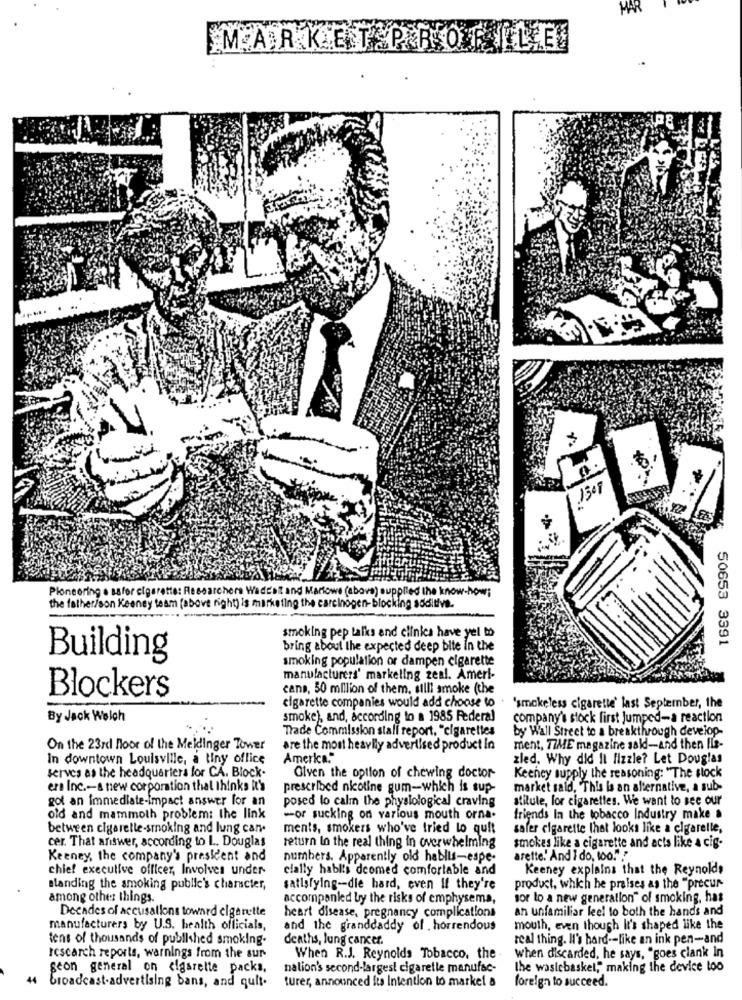
MAR
MARKETPRO
1308
Pioneering . safer cigarette: Researchers Wadtel and Marlowe (above) supplied the know-how;
the father/son Keeney team (above right) is marketing the carcinogen-blocking soditive.
smoking pep talks and clinics have yel to
50653 3391
bring about the expected deep bite in the
Building
smoking population or dampen cigarette
manufacturers' markeling zeal. Ameri-
cans, 50 million of them, silli smoke (the
Blockers
cigarette companies would add choose to . 'smokeless cigarette' last September, the
By Jack Welch
smoke), and, according to a 1985 Federal
company's stock first Jumped-a reaction
Trade Commission stall report. "cigarettes
by Wall Street to a breakthrough develop-
On the 23rd floor of the Meldinger Tower
are the most heavily advertised product In
ment, TIME magazine sald-and then Ils-
In downtown Louisville, a tiny office
America."
zled. Why did It lizzie? Let Douglas
serves as the headquarters for CA. Block.
Given the option of chewing doctor
Keeney supply the reasoning: "The stock
ers Inc .- s new corporation thal thinks it's
prescribed nicotine gum-which is sup-
market said, "This is an alternative, a sub-
got an immediate-impact answer for an
posed to calm the physiological craving
stitute, for cigarettes. We want to see our
old and mammoth problem: the link
-or sucking on various mouth orna.
friends In the tobacco Industry make .
between cigarette-smoking and lung can.
ments, smokers who've tried to quit
safer cigarette that looks like a cigarelle,
cer. That answer, according to L. Douglas
return lo the real thing in overwhelming
smokes like a cigarette and acts like a cig-
Keeney, the company's president and
numbers. Apparently old habits-espe-
arette!' And I do, too.""
chief executive officer, Involves under
cially habl's deemed comfortable and
Keeney explains that the Reynolds
Blanding the smoking public's character,
satisfying -- die hard, even If they're
product, which he praises as the "precur
among other things.
accompanied by the risks of emphysema,
sor lo a new generation" of smoking, has
Decades of accusations toward cigarette
an unfamiliar leel to both the hands and
heart disease, pregnancy complications
manufacturers by U.S. health officials,
and the granddaddy of . horrendous
mouth, even though It's shaped like the
tens of thousands of published smoking.
deaths, lung cancer.
real thing. It's hard -- like an ink pen-and
research reports, warnings from the sur
When R.J. Reynolds Tobacco, the
when discarded, he says, "goes clank In
scon general on cigarette packs,
nalion's second-largest cigarelle manufac-
the wasicbaskel," making the device too
turer, announced Its Intention to markel a
44 broadcast-advertising bans, and quit.
foreign to succeed.